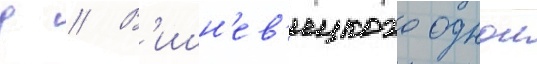
д // В'ишн'ев'ецкого однои